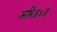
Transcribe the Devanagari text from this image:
अभि॥४॥